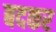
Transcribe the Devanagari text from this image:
बदकर